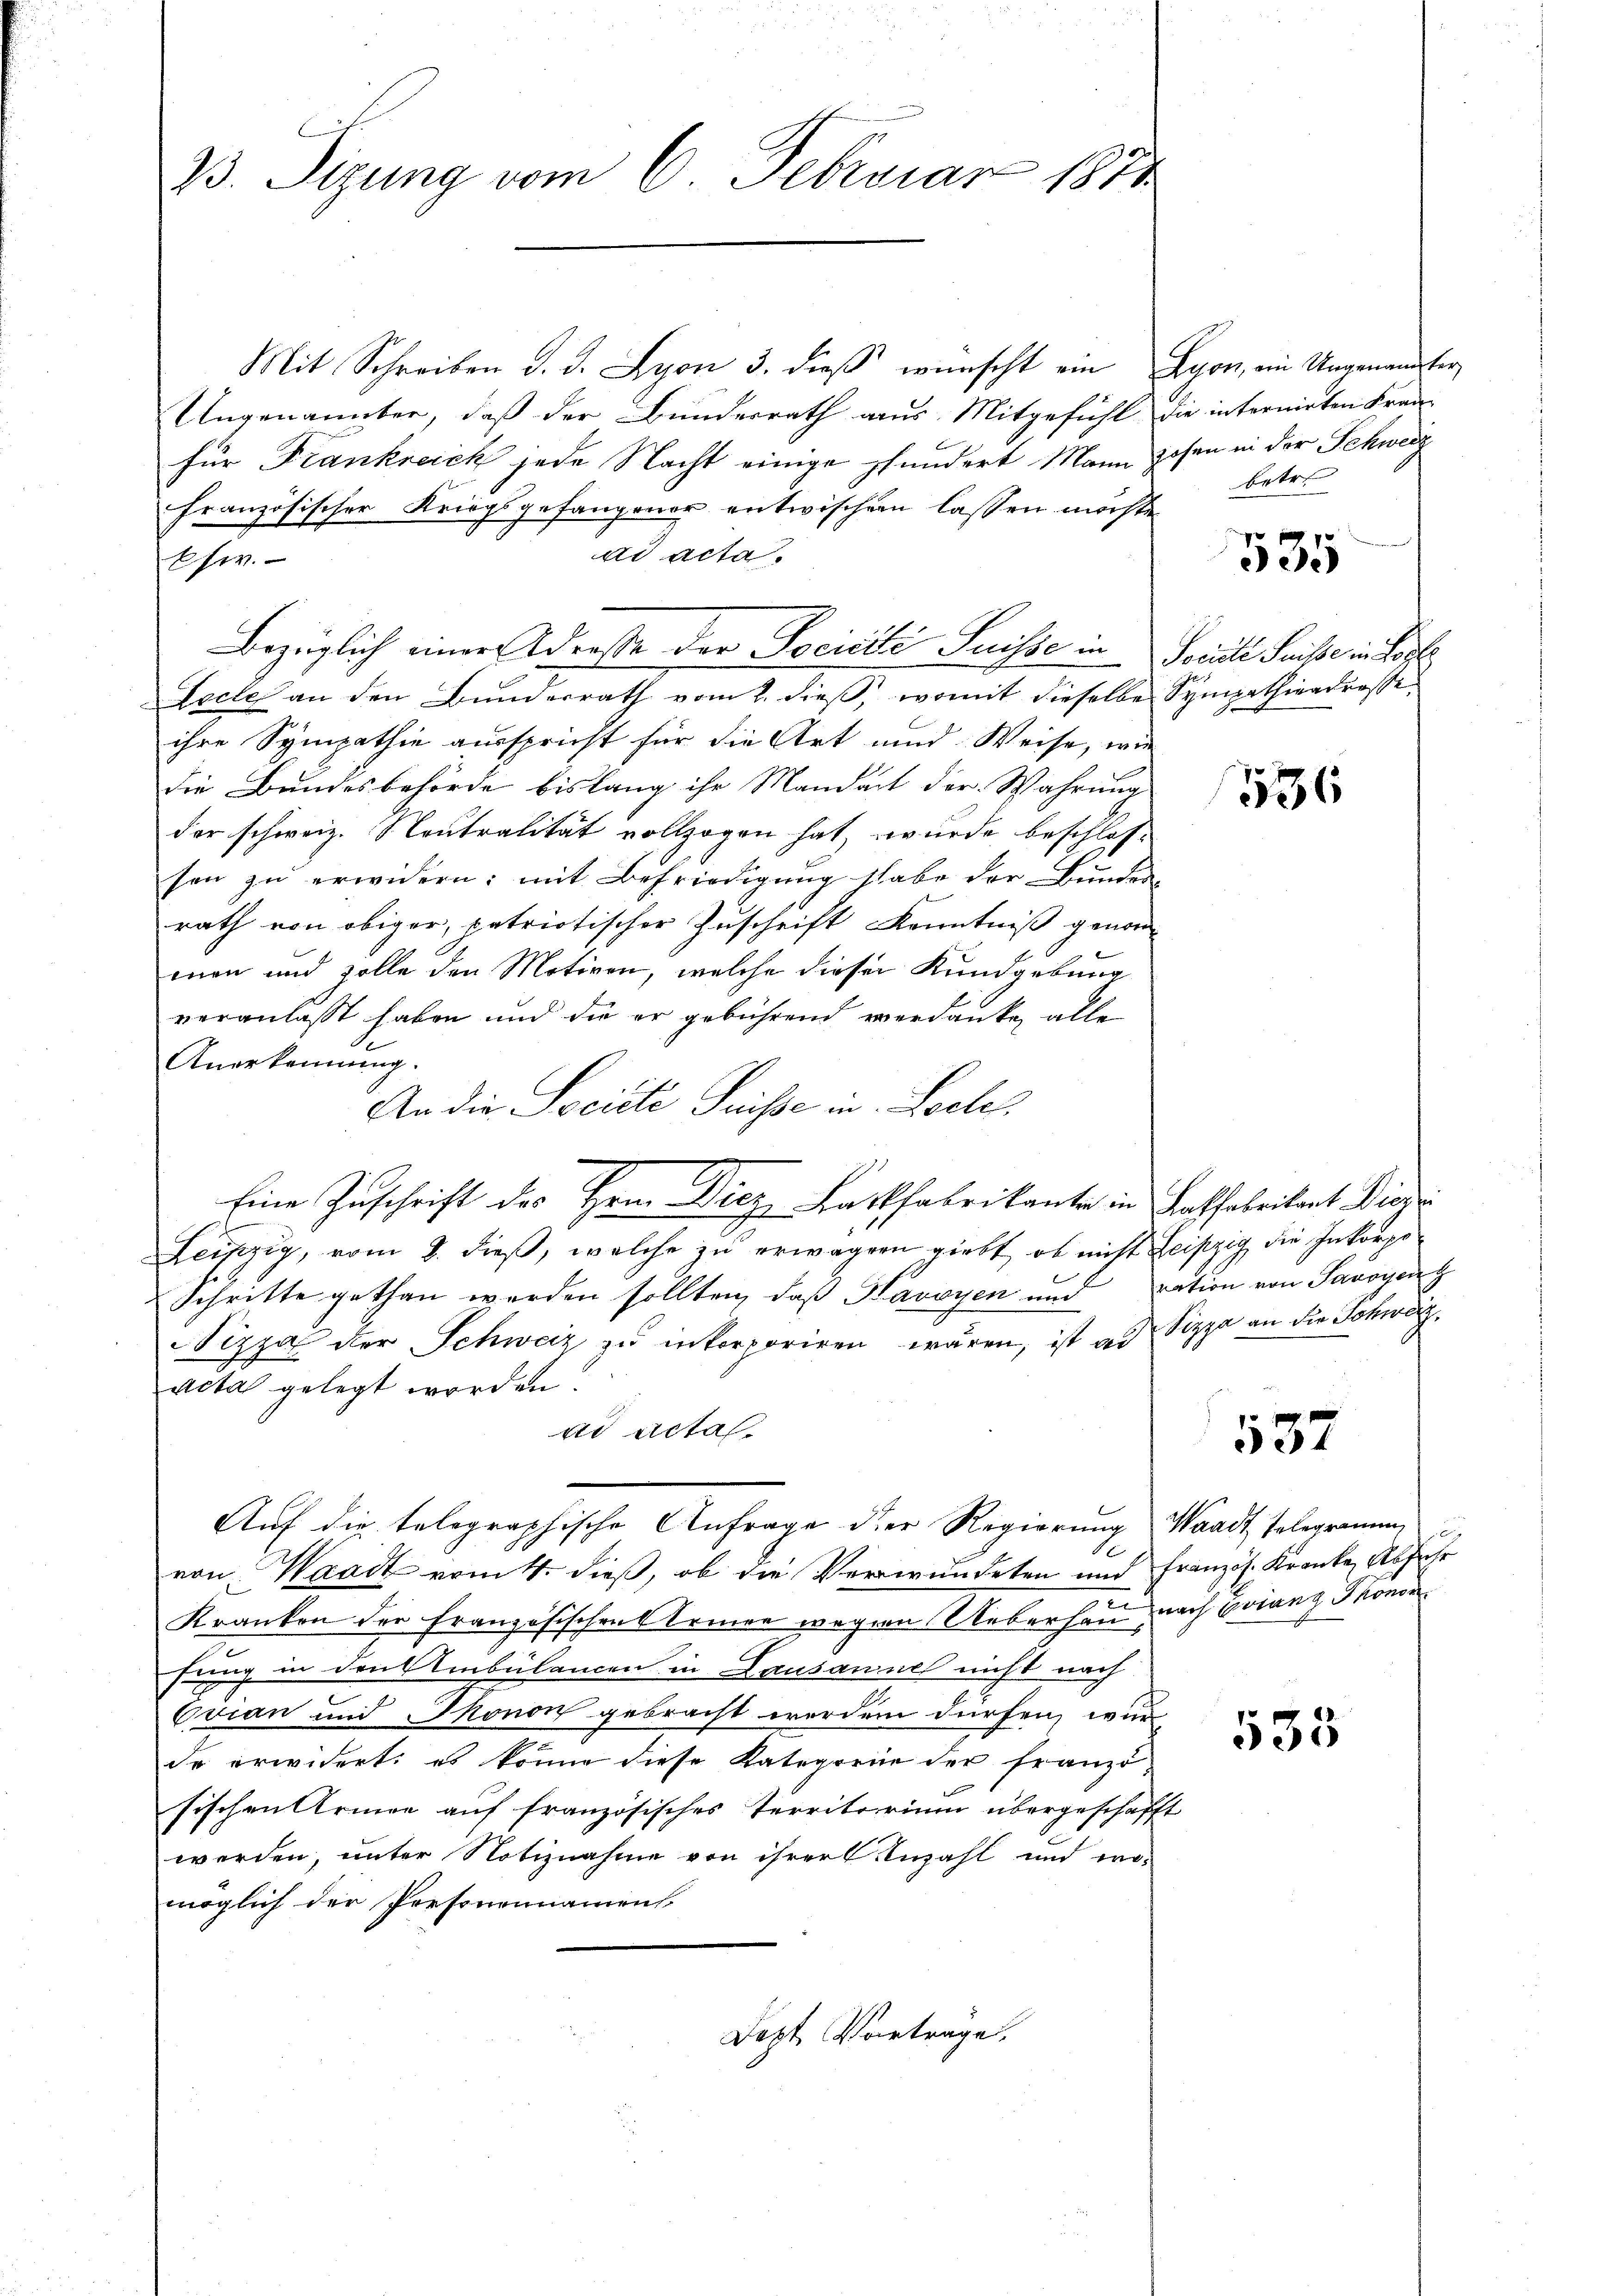
Mit Schreiben d. d. Lyon 3. dieβ wünscht ein Lyon, ein Ungenannter
Ungenannten, daß der Bunderrath aus Mitgefühl die internirten Fran
für Frankreich jede Nacht einige phundert Mann sehen in der Schweiz
französischer Kriegsgefangener entwischern lassen möchte,
ad acta.
Eser.
Bezüglich einer Adresse der Pocicile Suisse in Sociale Friste in der
Esches an den Bunderrath vom 2. dieß, womit dieselbe Sympathientrasse.
ihre Sympathie ausspricht für die Art und Weise, wie
die Bundesbehörde bislang ihr Mandart der Wahrung
der schweiz. Neutralität vollzogen hat, wurde beschlossen zŭ erwidern: mit Befriedigung habe der Bundes-
rath von obiger, patriotischer Zuschrift Kenntniß genommon und zolle den Motiven, welche dieser Kundgebung
veranlasst haben und die er gebührend verdanke alle
Anerkennung.
An die Societe Suisse in Loeles
Eine Zuschrift des Hrn. Diez Barkfabrikante in Lahfabritant Diese
Leinzig, vom 8. dieß, welche zu erwägern giebt, ob nicht heiszig die Inkorpo¬
Schritte gethan werden sollten, daß Kavoyen und ration von Savoyen
Nizza der Schweiz zu inkorporiren wären, ist an Sizza an die Schwarzacta gelegt worden.
ad acta
Auf die telegraphische Anfrage der Regierung Waadt telegramm,
Se
von Waadt vom 4. dieß, ob die Verwundeten und Französ. Kranke, Abschr
c
Kranken der Französischen Armen wegen Ueberhau nach Evianz Thonor
fung in den Ambülancen in Lausannes nicht nach
Evian und Monon gebracht werden dürfen, wur-
dr erwidert: es könne diese Kategorie der franzi
sischen Armee auf französisches Territorium übergeschafft
werden, unter Notiznahme von ihrer Anzahl und womöglich der Personennamens

23. Sizung vom 6. Februar 1871

Jezt Vortrage.

betr.

535

336

537

535